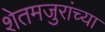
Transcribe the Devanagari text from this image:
शेतमजुरांच्या